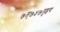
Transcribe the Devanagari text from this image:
७त्७५७तुइग